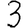
Digit: 3